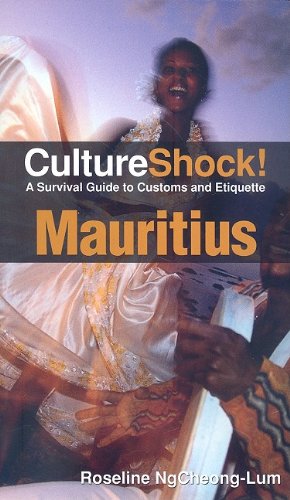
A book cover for Cultureshock Mauritius (Cultureshock Mauritius: A Survival Guide to Customs & Etiquette); Roseline NgCheong-Lum; Travel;